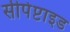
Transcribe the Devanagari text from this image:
सीपेप्टाइड